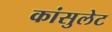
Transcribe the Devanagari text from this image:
कांसुलेट